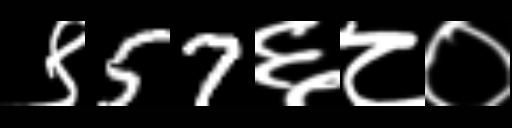
Text: ९57६८०